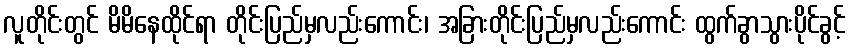
လူတိုင်းတွင် မိမိနေထိုင်ရာ တိုင်းပြည်မှလည်းကောင်း၊ အခြားတိုင်းပြည်မှလည်းကောင်း ထွက်ခွာသွားပိုင်ခွင့်